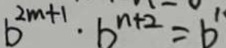
b ^ { 2 m + 1 } \cdot b ^ { n + 2 } = b ^ { 1 }